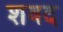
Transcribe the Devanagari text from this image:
शवद